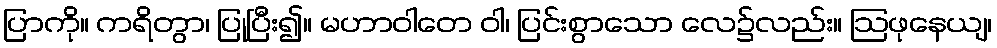
ပြာကို။ ကရိတွာ၊ ပြုပြီး၍။ မဟာဝါတေ ဝါ၊ ပြင်းစွာသော လေ၌လည်း။ ဩဖုနေယျ၊